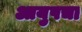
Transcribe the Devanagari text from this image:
आयुषचा